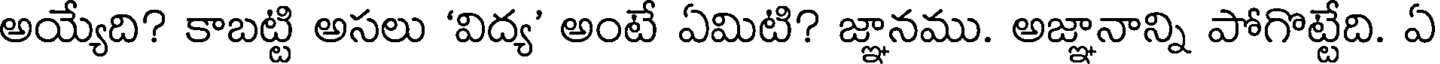
అయ్యేది? కాబట్టి అసలు 'విద్య' అంటే ఏమిటి? జ్ఞానము. అజ్ఞానాన్ని పోగొట్టేది. ఏ